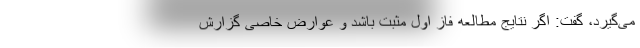
می‌گیرد، گفت: اگر نتایج مطالعه فاز اول مثبت باشد و عوارض خاصی گزارش